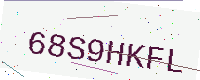
Text: 68S9HKFL